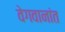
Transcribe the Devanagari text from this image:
वेगवानांत